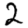
Digit: 2